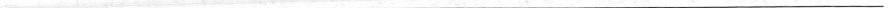
___